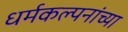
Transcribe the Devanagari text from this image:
धर्मकल्पनांच्या